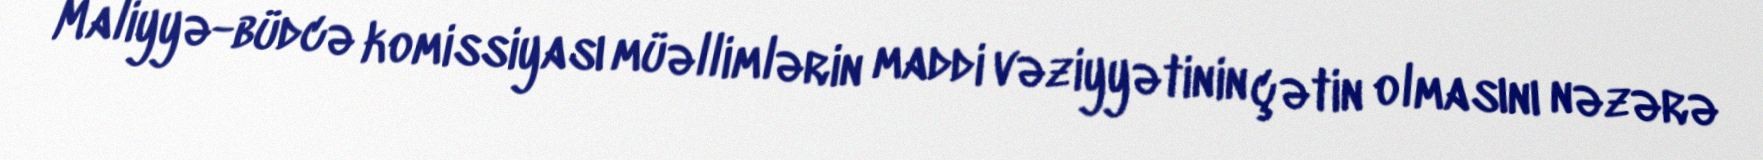
Maliyyə-büdcə komissiyası müəllimlərin maddi vəziyyətinin çətin olmasını nəzərə